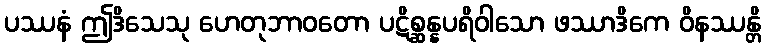
ပဿနံ ဤဒိသေသု ဟေတုဘာဝတော ပဋိစ္ဆန္နပရိဝါသော ဖဿာဒိကေ ဝိနဿန္တိ